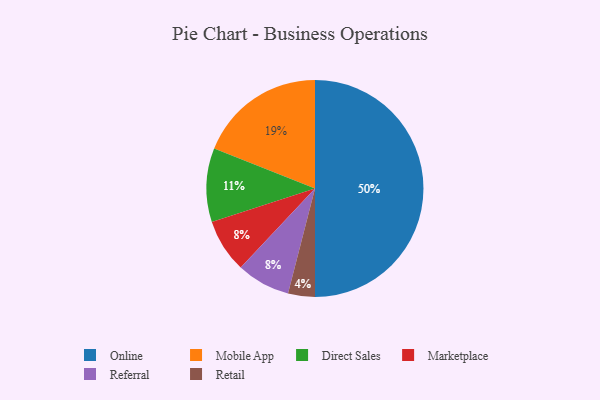
{"axis": {"x": "Category", "y": "Percentage"}, "legend": ["Direct Sales", "Marketplace", "Mobile App", "Online", "Referral", "Retail"], "data": [{"x": "Marketplace", "y": 8, "type": "Marketplace"}, {"x": "Online", "y": 50, "type": "Online"}, {"x": "Retail", "y": 4, "type": "Retail"}, {"x": "Direct Sales", "y": 11, "type": "Direct Sales"}, {"x": "Referral", "y": 8, "type": "Referral"}, {"x": "Mobile App", "y": 19, "type": "Mobile App"}]}